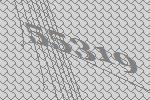
55319